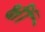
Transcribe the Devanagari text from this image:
क्षीं